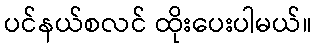
ပင်နယ်စလင် ထိုးပေးပါမယ်။